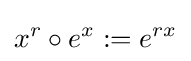
x^{r}\circ e^{x}:=e^{rx}